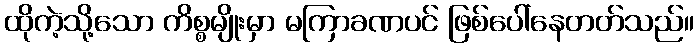
ထိုကဲ့သို့သော ကိစ္စမျိုးမှာ မကြာခဏပင် ဖြစ်ပေါ်နေတတ်သည်။